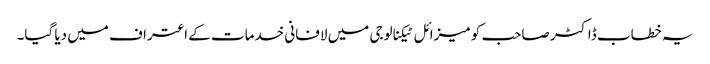
یہ خطاب ڈاکٹر صاحب کو میزائل ٹیکنالوجی میں لافانی خدمات کے اعتراف میں دیا گیا۔